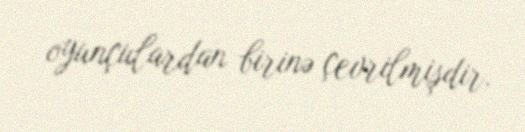
oyunçulardan birinə çevrilmişdir.